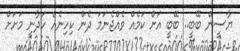
ޔާސީން ބޭބީ.. ބޭބީ އަށް ކަމެއް ވެއްޖެނަމަ ދެން ކިހިނެއް ހަދާނީ މަށަށް